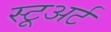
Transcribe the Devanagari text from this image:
स्टूअर्ट